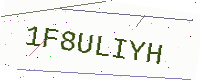
Text: 1F8ULIYH